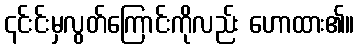
၎င်းင်းမှလွတ်ကြောင်းကိုလည်း ဟောထား၏။